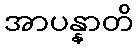
အာပန္နာတိ